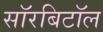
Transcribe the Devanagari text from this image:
सॉरबिटॉल